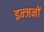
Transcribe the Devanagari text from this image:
इन्जनों